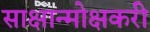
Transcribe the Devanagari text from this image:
साक्षान्मोक्षकरी